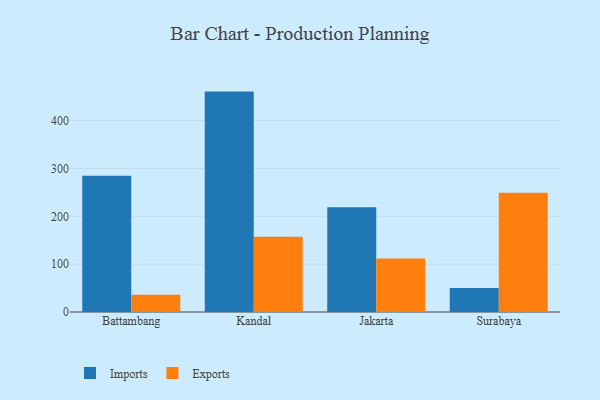
{"axis": {"x": "City", "y": "Active Users"}, "legend": ["Exports", "Imports"], "data": [{"x": "Battambang", "y": 284.9, "type": "Imports"}, {"x": "Battambang", "y": 35.8, "type": "Exports"}, {"x": "Kandal", "y": 460.6, "type": "Imports"}, {"x": "Kandal", "y": 157.1, "type": "Exports"}, {"x": "Jakarta", "y": 218.9, "type": "Imports"}, {"x": "Jakarta", "y": 111.8, "type": "Exports"}, {"x": "Surabaya", "y": 49.9, "type": "Imports"}, {"x": "Surabaya", "y": 249.0, "type": "Exports"}]}